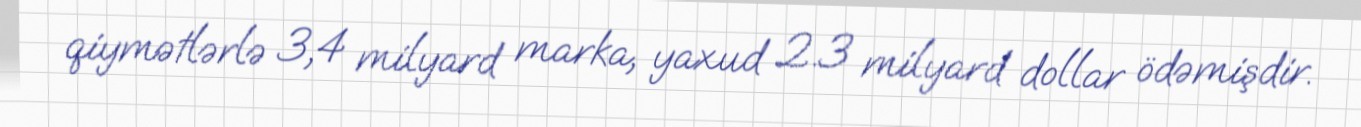
qiymətlərlə 3,4 milyard marka, yaxud 2.3 milyard dollar ödəmişdir.